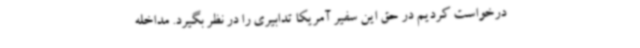
درخواست کردیم در حق این سفیر آمریکا تدابیری را در نظر بگیرد. مداخله